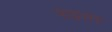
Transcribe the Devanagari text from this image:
पाइसर